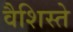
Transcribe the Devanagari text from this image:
वैशिस्ते